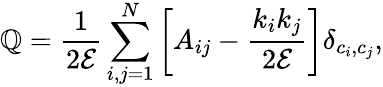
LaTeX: \mathbb{Q}=\frac{{1}}{{2\mathcal{{E}}}}\sum_{i,j=1}^{N}\bigg[A_{ij}-\frac{{k_{i}k_{j}}}{{2\mathcal{{E}}}}\bigg]\delta_{c_{i},c_{j}},